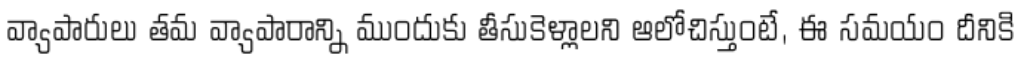
వ్యాపారులు తమ వ్యాపారాన్ని ముందుకు తీసుకెళ్లాలని ఆలోచిస్తుంటే, ఈ సమయం దీనికి